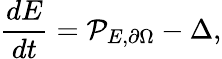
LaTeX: \frac{dE}{dt}=\mathcal{P}_{E,\partial\Omega}-\Delta,